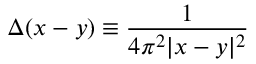
\Delta ( x - y ) \equiv { \frac { 1 } { 4 \pi ^ { 2 } | x - y | ^ { 2 } } }